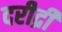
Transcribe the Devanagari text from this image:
दरीद्री